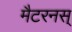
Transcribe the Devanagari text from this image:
मैटरनस्